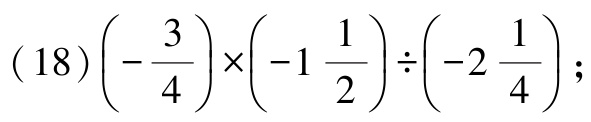
\((18)\left(-\dfrac{3}{4}\right)\times\left(-1\dfrac{1}{2}\right)\div\left(-2\dfrac{1}{4}\right);\)